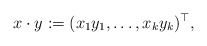
\begin{align*}x\cdot y := (x_1 y_1, \ldots, x_k y_k)^\top,\end{align*}